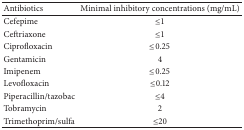
| Antibiotics | Minimal inhibitory concentrations (mg/mL) |
 | --- | --- |
 | Cefepime | ≤1 |
 | Ceftriaxone | ≤1 |
 | Ciprofloxacin | ≤0.25 |
 | Gentamicin | 4 |
 | Imipenem | ≤0.25 |
 | Levofloxacin | ≤0.12 |
 | Piperacillin/tazobac | ≤4 |
 | Tobramycin | 2 |
 | Trimethoprim/sulfa | ≤20 |